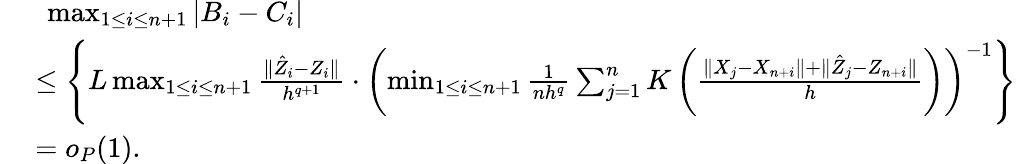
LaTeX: \begin{array}{rl}{\ }&{\ \operatorname*{max}_{1\leq i\leq n+1}|B_{i}-C_{i}|}\\ &{\leq\left\{ L\operatorname*{max}_{1\leq i\leq n+1}\frac{\| \hat{Z}_{i}-Z_{i}\| }{h^{q+1}}\cdot\left(\operatorname*{min}_{1\leq i\leq n+1}\frac{1}{nh^{q}}\sum_{j=1}^{n}K\left(\frac{\| X_{j}-X_{n+i}\| +\| \hat{Z}_{j}-Z_{n+i}\| }{h}\right)\right)^{-1}\right\} }\\ &{=o_{P}(1).}\end{array}